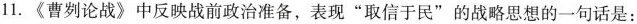
11.《曹刿论战》中反映战前政治准备，表现”取信于民”的战略思想的一句话是：